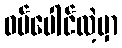
ဝမ်ပေါင်လဲ့မှာ